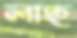
লাহু